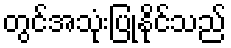
တွင်အသုံးပြုနိုင်သည်